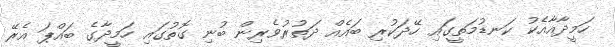
ހަމީދާއާއެކު ކަނޑުމަތީގައި ހޭދަކުރި ބައެއް ދަތުރުވެރިން ބުނި ގޮތުގައި ހަމީދާގެ ބައްޕަ އެރޭ